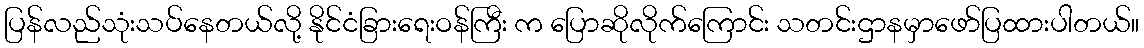
ပြန်လည်သုံးသပ်နေတယ်လို့ နိုင်ငံခြားရေးဝန်ကြီး က ပြောဆိုလိုက်ကြောင်း သတင်းဌာနမှာဖော်ပြထားပါတယ်။